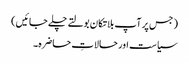
( جس پر آپ بلاتکان بولتے چلے جائیں)
سیاست اور حالاتِ حاضرہ۔